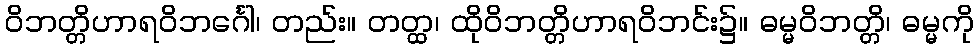
ဝိဘတ္တိဟာရဝိဘင်္ဂေါ၊ တည်း။ တတ္ထ၊ ထိုဝိဘတ္တိဟာရဝိဘင်း၌။ ဓမ္မဝိဘတ္တိ၊ ဓမ္မကို